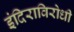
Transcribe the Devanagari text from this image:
इंदिराविरोधी